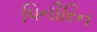
પિનીરિન